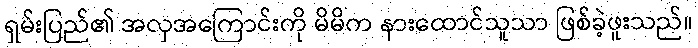
ရှမ်းပြည်၏ အလှအကြောင်းကို မိမိက နားထောင်သူသာ ဖြစ်ခဲ့ဖူးသည်။